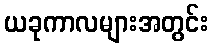
ယခုကာလများအတွင်း